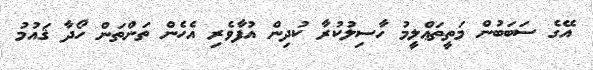
އޭގެ ސަބަބުން މަތީތަޢްލީމު ހާސިލުކުރާ ކުދިން އުފާވެރި އެހެން ތަންތަން ހޯދާ ޤައުމު